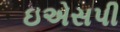
ઇએસપી